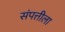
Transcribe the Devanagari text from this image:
संपत्तीला